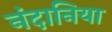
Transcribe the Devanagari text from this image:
नंदानिया